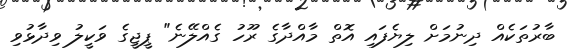
ބާރުތަކެއް ދިނުމަށް ލިޔެފައި އޮތް މާއްދާގެ ރޫހު ގެއްލޭނެ" ޕީޖީގެ ވަކީލު ވިދާޅުވި